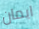
ايمان